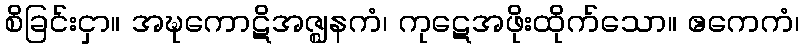
စိခြင်းငှာ။ အဍ္ဎကောဋိအဇ္ဈနကံ၊ ကုဋေအဖိုးထိုက်သော။ ဧကေကံ၊